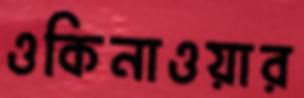
ওকিনাওয়ার